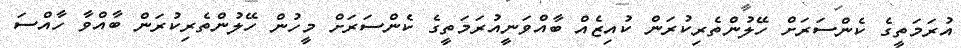
އުރަމަތީގެ ކެންސަރަށް ހޭލުންތެރިކުރަން ކުއިޒެއް ބާއްވަނީއުރަމަތީގެ ކެންސަރަށް މީހުން ހޭލުންތެރިކުރަން ބާއްވާ ހާއްސަ